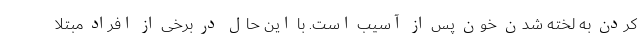
کردن به لخته شدن خون پس از آسیب است. با این حال در برخی از افراد مبتلا